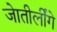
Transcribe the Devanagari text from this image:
जेातीर्लींगे